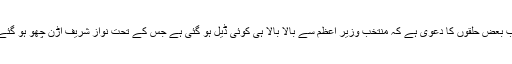
اب بعض حلقوں کا دعوی ہے کہ منتخب وزیر اعظم سے بالا بالا ہی کوئی ڈیل ہو گئی ہے جس کے تحت نواز شریف اڑن چھو ہو گئے۔